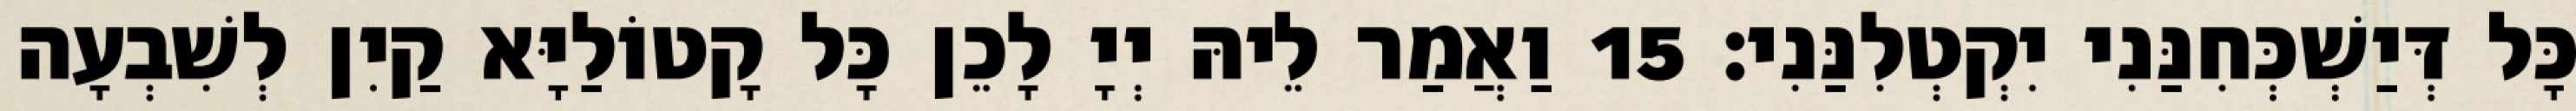
כָּל דְּיַשְׁכְּחִנַּנִי יִקְטְלִנַּנִי׃ 15 וַאֲמַר לֵיהּ יְיָ לָכֵן כָּל קָטוֹלַיָּא קַיִן לְשִׁבְעָה